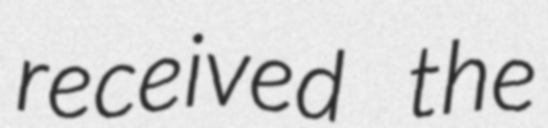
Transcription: received the